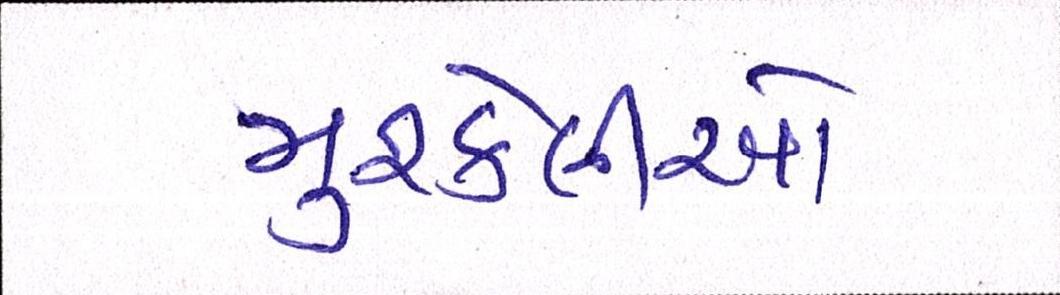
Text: મુશ્કેલીઓ